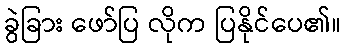
ခွဲခြား ဖော်ပြ လိုက ပြနိုင်ပေ၏။